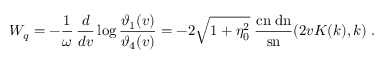
{ \cal { W } } _ { q } = - \frac { 1 } { \omega } \, { \frac { d } { d v } } \log { \frac { \vartheta _ { 1 } ( v ) } { \vartheta _ { 4 } ( v ) } } = - 2 \sqrt { 1 + \eta _ { 0 } ^ { 2 } } \; { \frac { \mathrm { c n } \; \mathrm { d n } } { \mathrm { s n } } } ( 2 v K ( k ) , k ) \; .